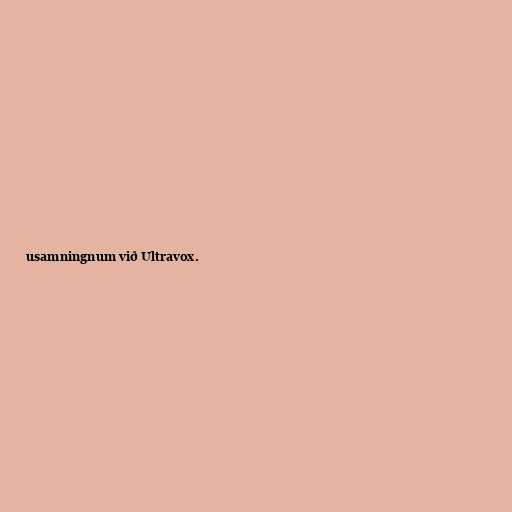
usamningnum við Ultravox.